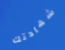
شهادتك